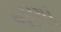
આયા